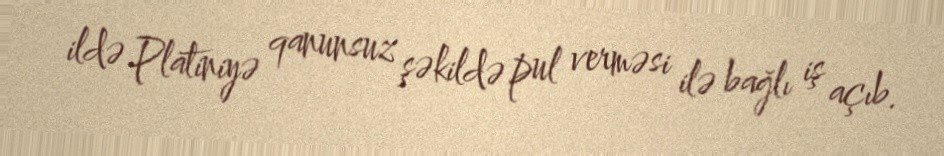
ildə Platiniyə qanunsuz şəkildə pul verməsi ilə bağlı iş açıb.